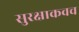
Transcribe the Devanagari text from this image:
सुरक्षाकवच